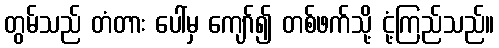
တွမ်သည် တံတား ပေါ်မှ ကျော်၍ တစ်ဖက်သို့ ငုံ့ကြည်သည်။